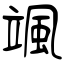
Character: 颯